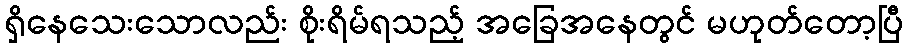
ရှိနေသေးသောလည်း စိုးရိမ်ရသည့် အခြေအနေတွင် မဟုတ်တော့ပြီ